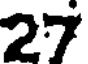
27